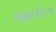
અમરકોટના